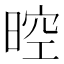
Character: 𣈞